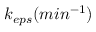
k _ { e p s } ( m i n ^ { - 1 } )